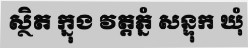
ស្ថិត ក្នុង វត្តភ្នំ សន្ទុក ឃុំ